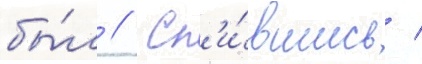
бы́л // Сп'и́вшись /